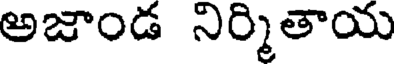
అజాండ నిర్మితాయ